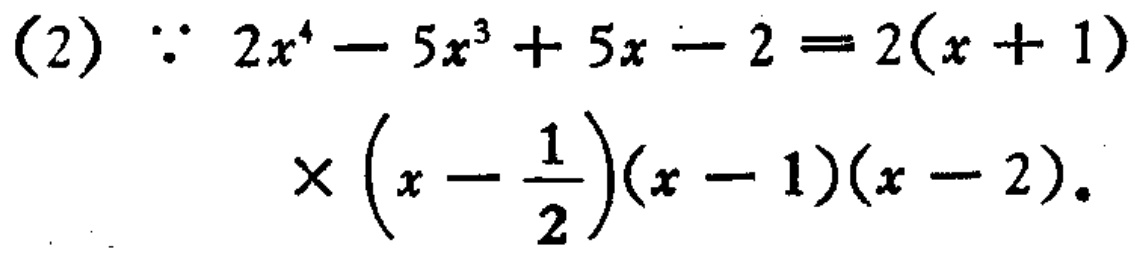
(2) \(\because 2x^{4}-5x^{3}+5x - 2 = 2(x + 1)\times\left(x-\frac{1}{2}\right)(x - 1)(x - 2)\)。